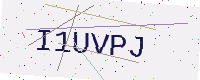
Text: I1UVPJ